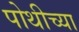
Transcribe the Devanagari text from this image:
पोथीच्या